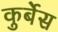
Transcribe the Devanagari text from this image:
कुर्बेस